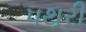
પથરી